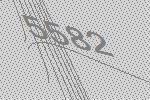
5582